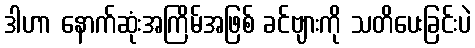
ဒါဟာ နောက်ဆုံးအကြိမ်အဖြစ် ခင်ဗျားကို သတိပေးခြင်းပဲ